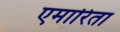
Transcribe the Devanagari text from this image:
एमारिता